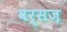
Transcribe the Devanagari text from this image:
वर्सज़